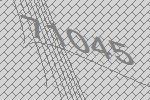
71045